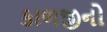
કાળજીનો